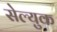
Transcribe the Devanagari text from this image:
सेल्युक